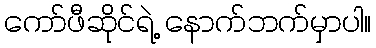
ကော်ဖီဆိုင်ရဲ့ နောက်ဘက်မှာပါ။